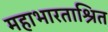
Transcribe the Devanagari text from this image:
महाभारताश्रित